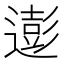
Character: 𮟊